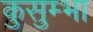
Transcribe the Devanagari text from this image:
कुसुम्भा